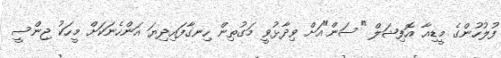
ފުލުހުންގެ މީޑިއާ އޮފިޝަލް "ސަން"އަށް ވިދާޅުވީ މަގުތިން ހިނގާފައިދިޔަ އަންހެނަކަށް މީހަކު ޖިންސީ